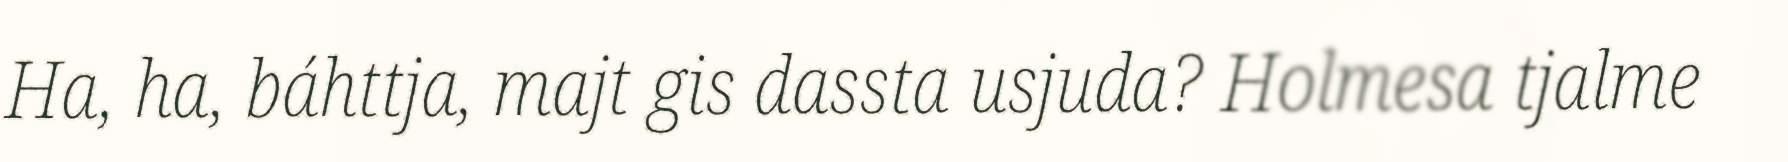
Ha, ha, báhttja, majt gis dassta usjuda? Holmesa tjalme